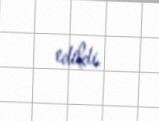
edildi.